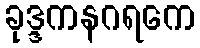
ခုဒ္ဒကနဂရကေ